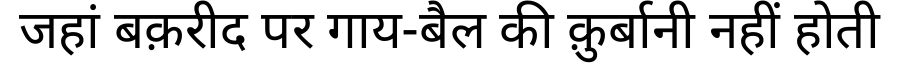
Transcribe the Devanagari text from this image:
जहां बक़रीद पर गाय-बैल की क़ुर्बानी नहीं होती